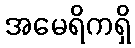
အမေရိကရှိ